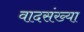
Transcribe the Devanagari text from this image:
वादसंख्या